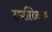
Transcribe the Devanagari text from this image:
स्ष्पस्टिकरण